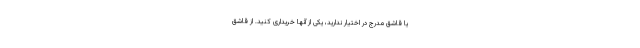
یا قاشق مدرج در اختیار ندارید، یکی از آنها خریداری کنید. از قاشق